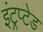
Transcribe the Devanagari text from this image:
इंट्रप्टेड